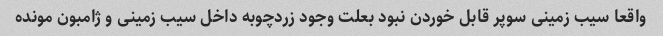
واقعا سیب زمینی سوپر قابل خوردن نبود بعلت وجود زردچوبه داخل سیب زمینی و ژامبون مونده